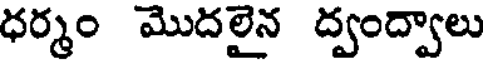
ధర్మం మొదలైన ద్వంద్వాలు